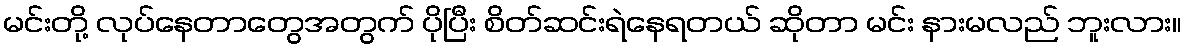
မင်းတို့ လုပ်နေတာတွေအတွက် ပိုပြီး စိတ်ဆင်းရဲနေရတယ် ဆိုတာ မင်း နားမလည် ဘူးလား။